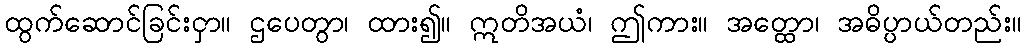
ထွက်ဆောင်ခြင်းငှာ။ ဌပေတွာ၊ ထား၍။ ဣတိအယံ၊ ဤကား။ အတ္ထော၊ အဓိပ္ပာယ်တည်း။